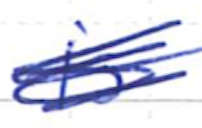
Text: is
Cross-out: scratch
Writing tool: ballpoint